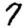
Digit: 7